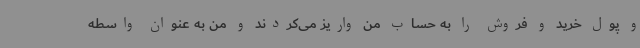
و پول خرید و فروش را به حساب من واریز می‌کردند و من به عنوان واسطه